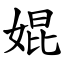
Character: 婫